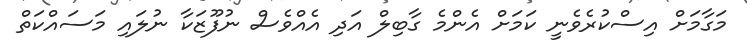
މަގާމަށް އިސްކުރެވެނީ ކަމަށް އެންމެ ގާބިލް އަދި އެއްވެސް ނުފޫޒަކާ ނުލައި މަސައްކަތް